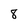
Character: 8